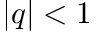
| q | < 1